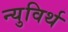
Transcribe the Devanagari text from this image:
न्युविर्थ